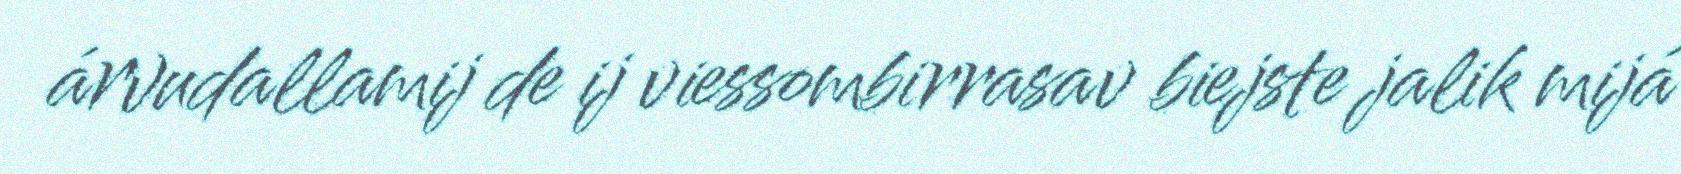
árvudallamij de ij viessombirrasav biejste jalik mijá